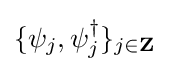
\{\psi _{j},\psi _{j}^{\dagger }\}_{j\in \mathbf {Z} }